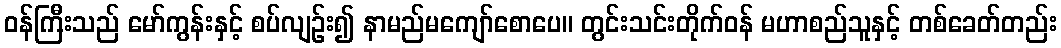
ဝန်ကြီးသည် မော်ကွန်းနှင့် စပ်လျဉ်း၍ နာမည်မကျော်စောပေ။ တွင်းသင်းတိုက်ဝန် မဟာစည်သူနှင့် တစ်ခေတ်တည်း